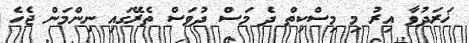
ޚަރަދުވާ އިރު މި މިސްކިތް ދެ މަސް ދުވަސް ތެރޭގައި ނިންމަން ޖެހެ